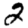
Digit: 2